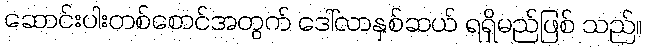
ဆောင်းပါးတစ်စောင်အတွက် ဒေါ်လာနှစ်ဆယ် ရရှိမည်ဖြစ် သည်။